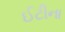
ઈટીના